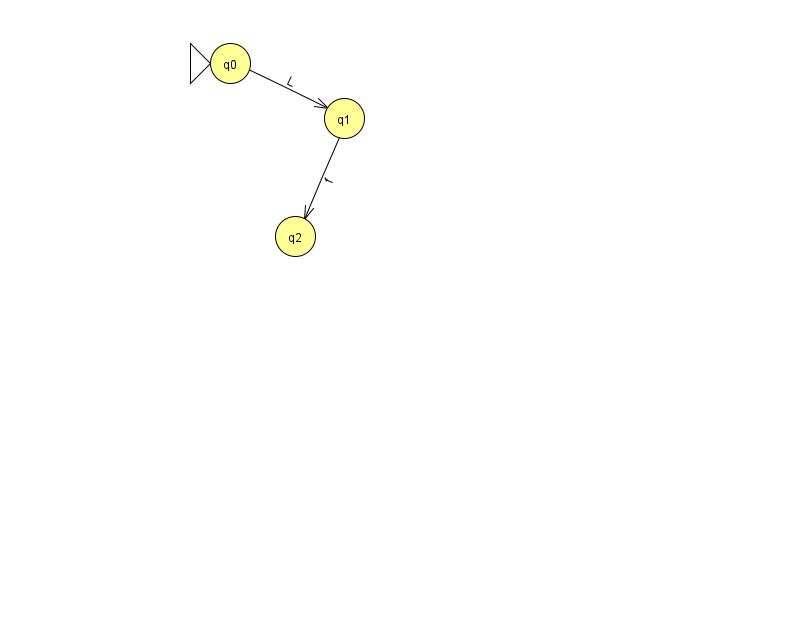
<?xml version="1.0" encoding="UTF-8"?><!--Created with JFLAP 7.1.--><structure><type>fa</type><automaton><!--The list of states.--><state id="0" name="q0"><x>230.0</x><y>50.0</y><initial/></state><state id="1" name="q1"><x>344.0</x><y>105.0</y></state><state id="2" name="q2"><x>295.0</x><y>223.0</y></state><!--The list of transitions.--><transition><from>0</from><to>1</to><read>L</read></transition><transition><from>1</from><to>2</to><read>f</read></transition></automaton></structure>